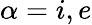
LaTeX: \alpha=i,e